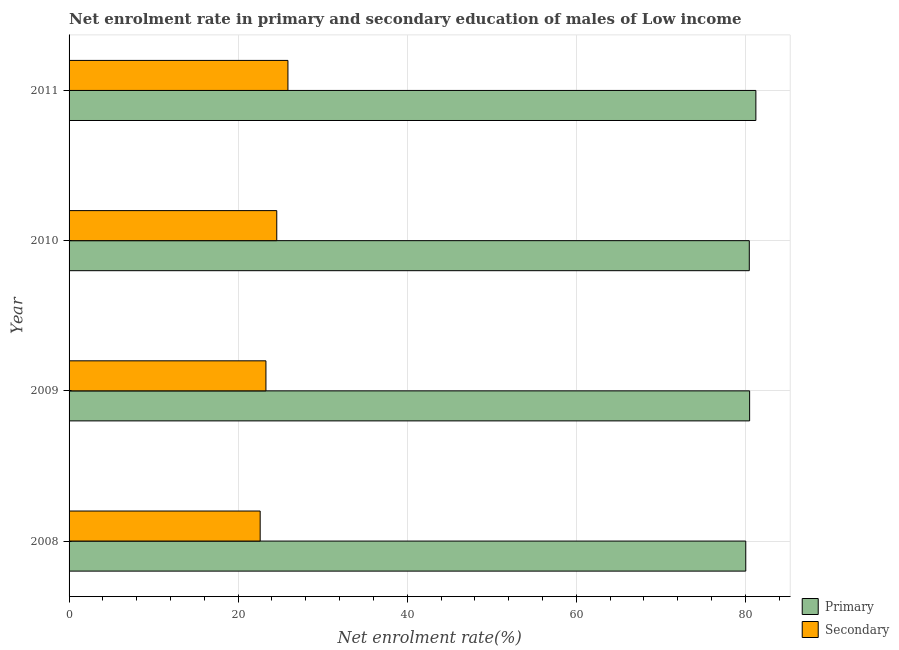
| Year | Primary | Secondary |
 | --- | --- | --- |
 | 2008 | 80 | 22.6 |
 | 2009 | 80.5 | 23.3 |
 | 2010 | 80.5 | 24.6 |
 | 2011 | 81.2 | 25.9 |